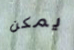
يمكن